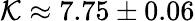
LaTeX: \mathcal{K}\approx 7.75\pm 0.06